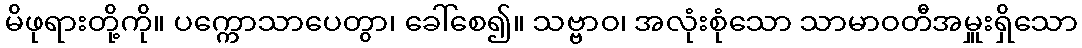
မိဖုရားတို့ကို။ ပက္ကောသာပေတွာ၊ ခေါ်စေ၍။ သဗ္ဗာဝ၊ အလုံးစုံသော သာမာဝတီအမှူးရှိသော